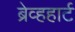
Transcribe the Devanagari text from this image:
ब्रेव्हहार्ट